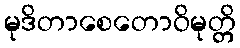
မုဒိတာစေတောဝိမုတ္တိ